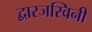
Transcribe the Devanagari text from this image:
द्वारजस्विनी